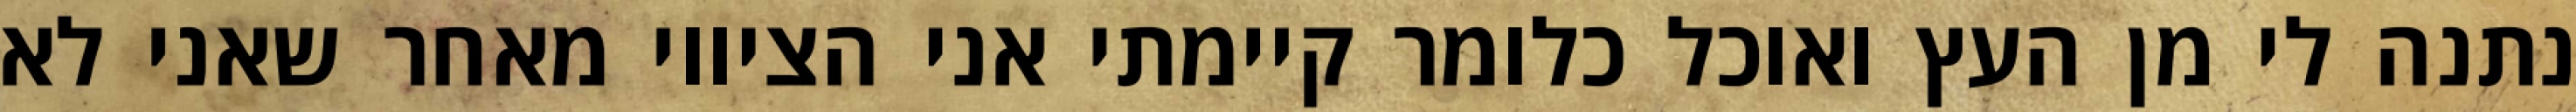
נתנה לי מן העץ ואוכל כלומר קיימתי אני הציווי מאחר שאני לא